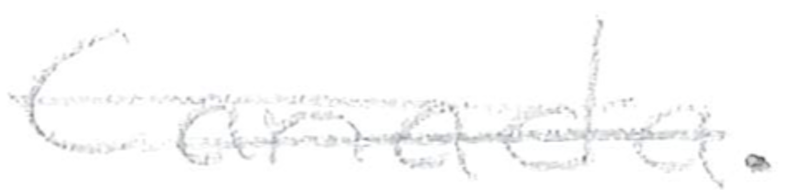
Text: Canada.
Cross-out: double-line
Writing tool: pencil